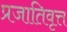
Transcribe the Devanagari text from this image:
प्रजातिवृत्त